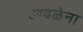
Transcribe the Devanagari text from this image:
आढळेना